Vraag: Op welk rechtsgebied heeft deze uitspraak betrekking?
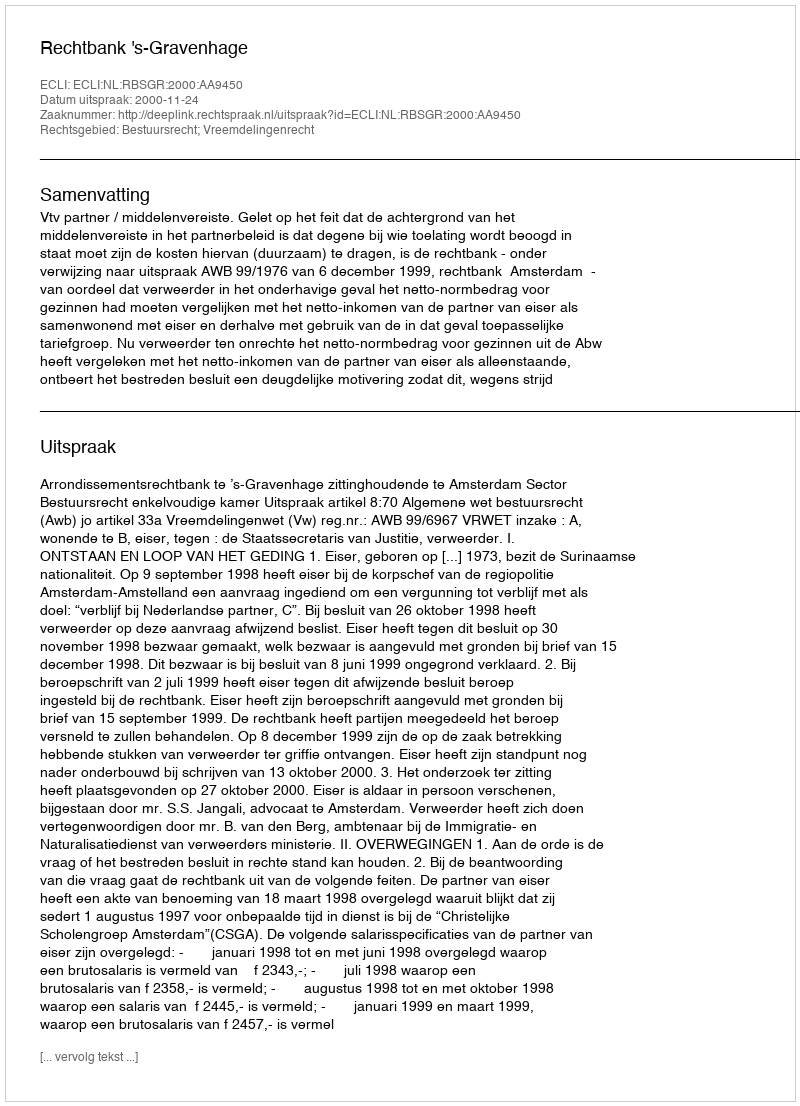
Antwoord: Bestuursrecht; Vreemdelingenrecht